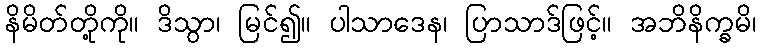
နိမိတ်တို့ကို။ ဒိသွာ၊ မြင်၍။ ပါသာဒေန၊ ပြာသာဒ်ဖြင့်။ အဘိနိက္ခမိ၊